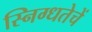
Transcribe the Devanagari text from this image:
स्निग्धतेचें